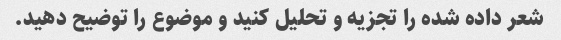
شعر داده شده را تجزیه و تحلیل کنید و موضوع را توضیح دهید.